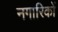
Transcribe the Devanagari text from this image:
नगारिकों